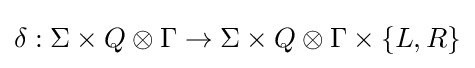
\delta :\Sigma \times Q\otimes \Gamma \to \Sigma \times Q\otimes \Gamma \times \{L,R\}